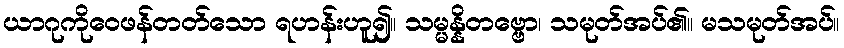
ယာဂုကိုဝေဖန်တတ်သော ရဟန်းဟူ၍။ သမ္မန္နိတဗ္ဗော၊ သမုတ်အပ်၏။ မသမုတ်အပ်။